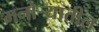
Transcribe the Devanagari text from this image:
मनोर्‍यातील